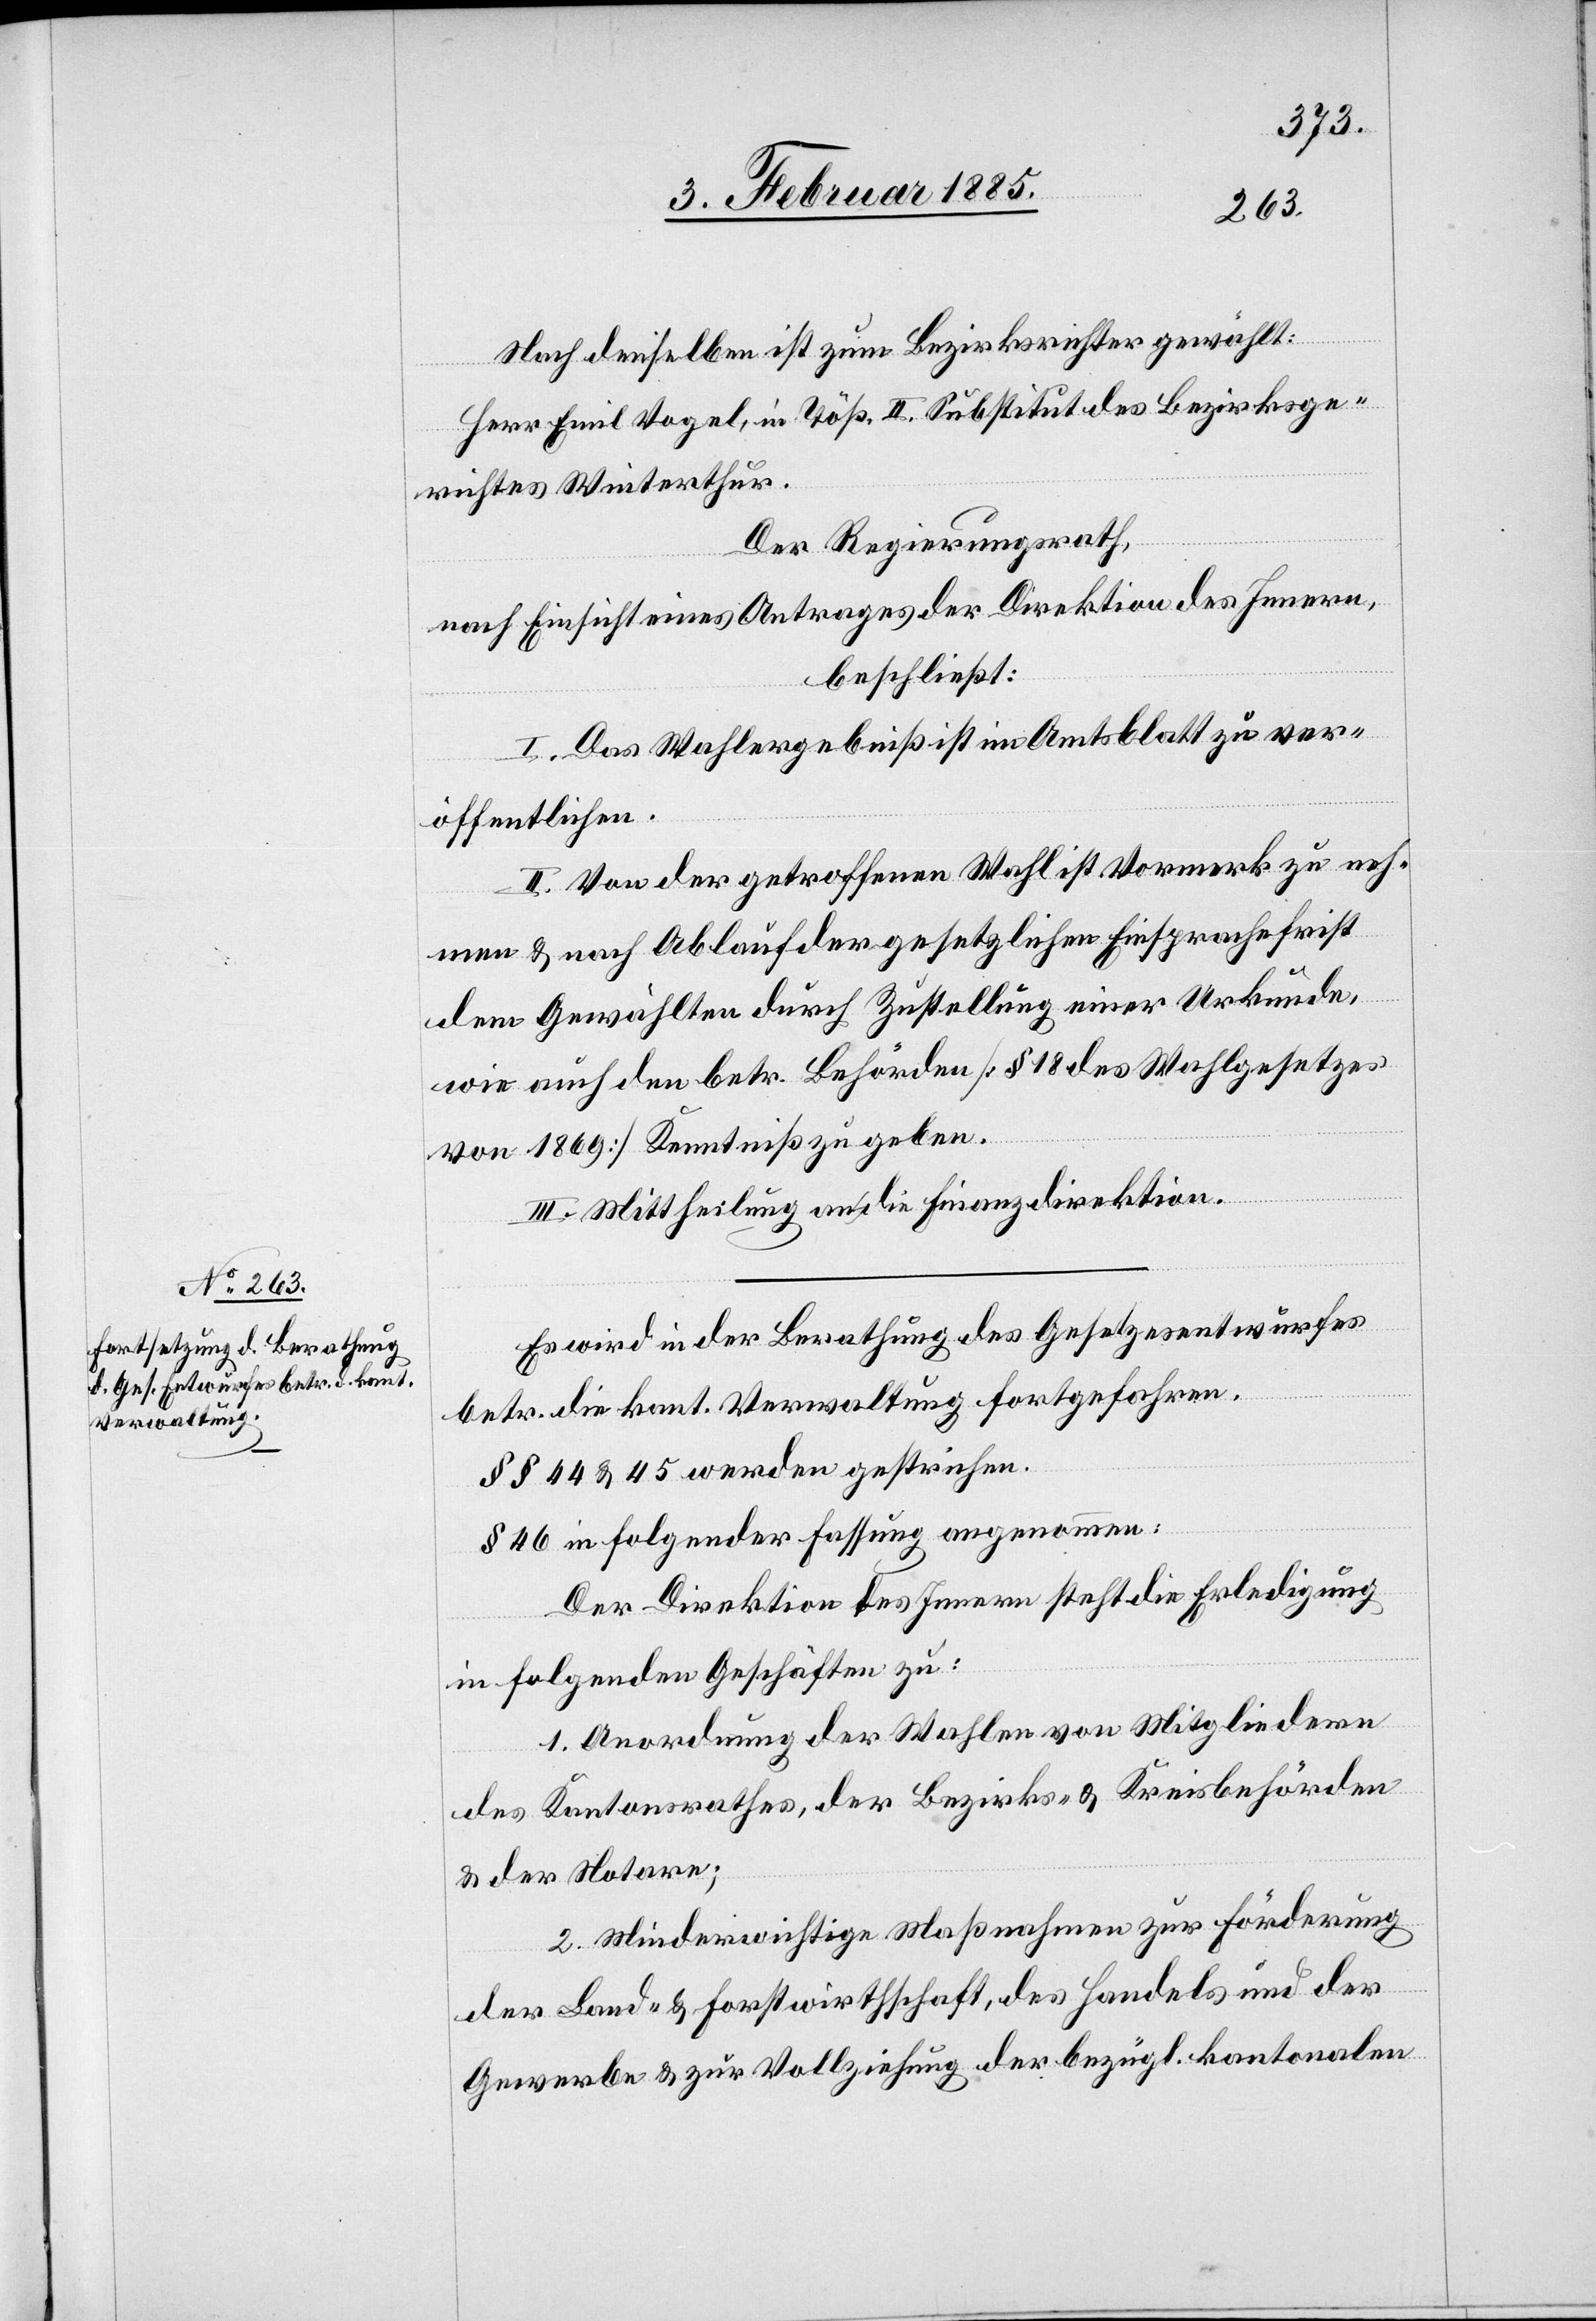
Nach denselben ist zum Bezirksrichter gewählt:
Herr Emil Vogel, in Töß, II. Substitut des Bezirksge¬
richtes Winterthur.
Der Regierungsrath,
nach Einsicht eines Antrages der Direktion des Innern,
beschließt:
I. Das Wahlergebniß ist im Amtsblatt zu ver¬
öffentlichen.
II. Von der getroffenen Wahl ist Vormerk zu neh¬
men & nach Ablauf der gesetzlichen Einsprachefrist
dem Gewählten durch Zustellung einer Urkunde
wie auch den betr. Behörden [§ 18 des Wahlgesetzes
von 1869] Kenntniß zu geben.
III. Mittheilung an die Finanzdirektion.
Es wird in der Berathung es Gesetzesentwurfes
betr. die kant. Verwaltung fortgefahren.
§§ 44 & 45 werden gestrichen.
§ 46 in folgender Fassung angenommen:
Der Direktion des Innern steht die Erledigung
in folgenden Geschäften zu:
1. Anordnung der Wahlen von Mitgliedern
des Kantonsrathes, der Bezirks- & Kreisbehörden
& der Notare;
2. Minderwichtige Maßnahmen zur Förderung
der Land- & Forstwirthschaft, des Handels und der
Gewerbe- & zur Vollziehung der bezügl. kantonalen